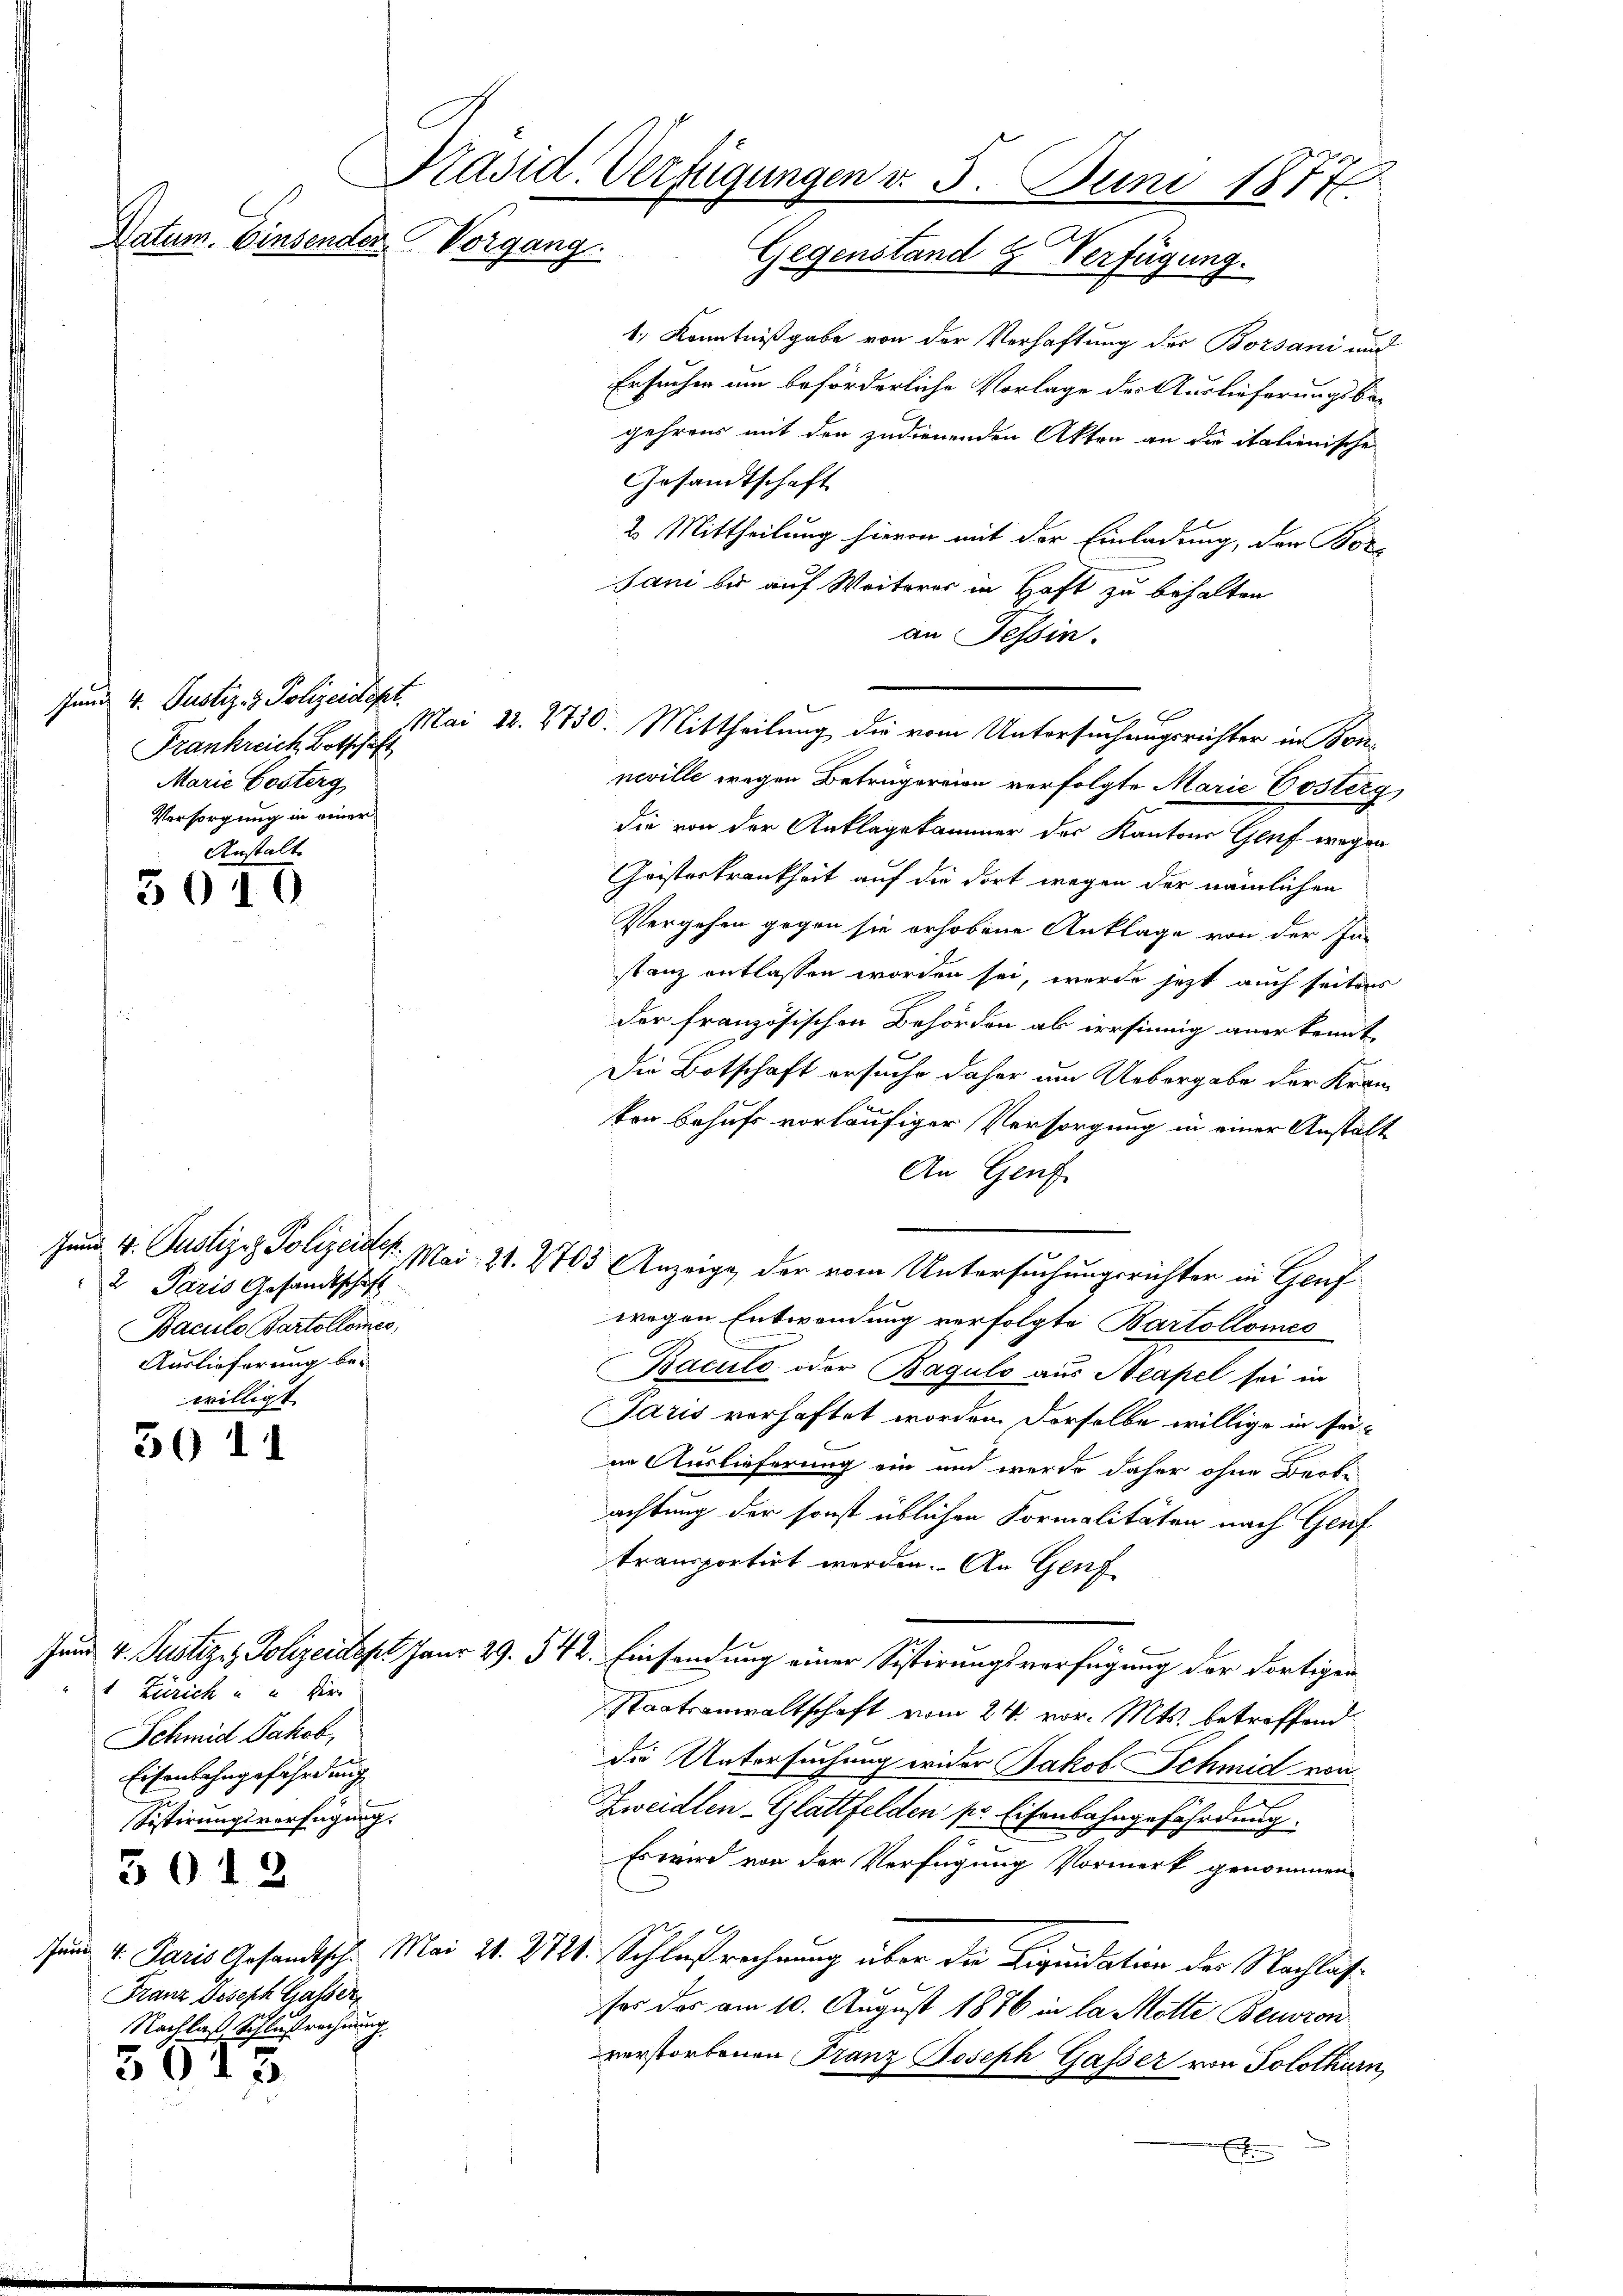
Jund 4. Justiz- & Polizeidepr
Frankreich Botschaft
Marie Posterg
Versorgung in einer
Anstalt

5010

2 Paris Gesandtschaft
Baculo Bartolomes,
Auslieferung be-
willigt.

50 11

1 Zürich u. Hie
Schmid Jakob,
Eisenbahngefährdung
Sistirungsverfügung.
3012
Franz Joseph Gasser,
Nachlaß, Schlußrechnung
5013

Datum. Einsenden Vorgang

Präsid. Verfügungen v. 5. Juni 1877.
Gegenstand 2. Verfügung.

1) Kenntnißgabe von der Verhaftung des Bozsani und
Ersuchen um beförderliche Vorlage der Auslieferungsbe-
gehrens mit den zudienenden Akten an die italienische
Gesandtschaft
2 Mittheilung hievon mit der Einladung, der Borsani bis auf Weiterer in Haft zu behalten
an Tessin.
Mai 22. 2730. Mittheilung die vom Untersuchungsrichter in Bon-
neville wegen Betrugereien verfolgte Marie Posterg
die von der Anklagekammer der Kantons Genf wegen
Cristerkrankheit auf die dort wegen der nämlichen
Vergehen gegen sie erhobene Anklage von der Instanz entlassen worden sei, werde jetzt auch seitens
der französischen Behörden ab irrsinnig anerkennt
Die Botschaft ersuche daher um Uebergabe der Krankon behufs vorläufiger Versorgung in einer Anstalt
An Genf
Jund 4. Justiziz. Polizeicht. Mai 21. 2703 Anzeige, der vom Untersuchungsrichter in Genf
wegen Entwendung verfolgte Bartollomes
Baculo oder Bagulo aus Neapel sei in
Paris vorhaftet worden. Derselbe willige in seiin Auslieferung ein und werde daher ohne Beobe
achtung der sonst üblichen Formalitäten nach Genf
transportirt werden. An Genf
Jund 4. Justiz & Polizeidept. Janr 29. 542. Einsendung einer Sistirungsverfügung der dortigen
Staatsanwaltschaft vom 24. vor. Mts. betreffend
die Untersuchung wider Jakob Schmid von
Zweidlen Glattfelden pr. Eisenbahngefährdung.
Es wird von der Verfügung Vormerk genommen
sund v. Paris Gesandtsch. Mai 21. 272. Schlußrechnung über die Liquidation der Nachlasfer das am 10. August 1876 in la Motte Beuron
verstorbenen Franz Joseph Gasser von Solothurn,
E